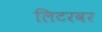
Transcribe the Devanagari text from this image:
लिटरवर